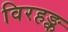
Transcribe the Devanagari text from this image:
विरहङ्क